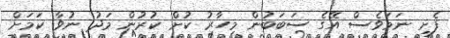
ފެށި ނަމަވެސް އޭގެ ސަބަބުން މިހާރު ކުށް ކުރުން މަދު ނުވާ ކަމަށް